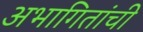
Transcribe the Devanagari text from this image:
अभागितांची